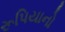
રૂપિયાનો